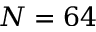
N = 6 4